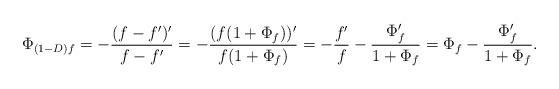
LaTeX: \begin{align*}\Phi_{(1- D)f} = -\frac{(f- f')'}{f- f'} =-\frac{(f(1+\Phi_f))'}{f(1+\Phi_f)} = -\frac{f'}{f}-\frac{\Phi_f'}{1+\Phi_f}=\Phi_f-\frac{\Phi_f'}{1+\Phi_f}.\end{align*}